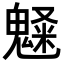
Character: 𩳫